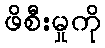
ဖိစီးမှုကို